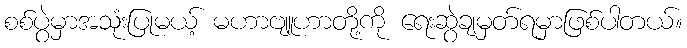
စစ်ပွဲမှာအသုံးပြုမယ့် မဟာဗျူဟာတို့ကို ရေးဆွဲချမှတ်ရမှာဖြစ်ပါတယ်။